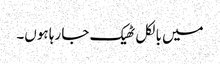
میں بالکل ٹھیک جا رہا ہوں۔